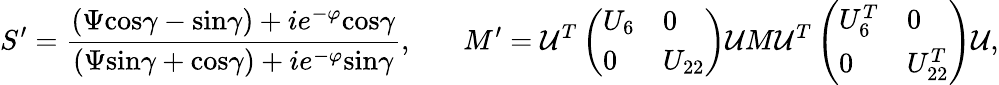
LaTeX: S^{\prime}={\frac{(\Psi\mathrm{cos}\gamma-\mathrm{sin}\gamma)+ie^{-\varphi}\mathrm{cos}\gamma}{(\Psi\mathrm{sin}\gamma+\mathrm{cos}\gamma)+ie^{-\varphi}\mathrm{sin}\gamma}},\ \ \ \ \ \ \ M^{\prime}={\cal U}^{T}\left(\begin{array}{ll}{{U_{6}}}&{{0}}\\ {{0}}&{{U_{22}}}\end{array}\right){\cal U}M{\cal U}^{T}\left(\begin{array}{ll}{{U_{6}^{T}}}&{{0}}\\ {{0}}&{{U_{22}^{T}}}\end{array}\right){\cal U},